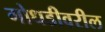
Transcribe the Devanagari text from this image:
गोधडीवरील